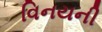
વિનયની